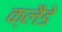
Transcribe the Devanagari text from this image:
क्लैडे